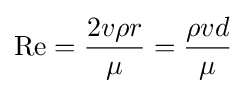
\mathrm {Re} ={\frac {2v\rho r}{\mu }}={\frac {\rho vd}{\mu }}